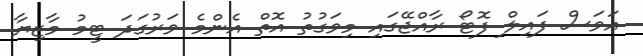
އަވަސް ފައިލް ފޮޓޯ ރާއްޖޭގައި މިވަގުތު އޮތް އެންމެ ވަރުގަދަ ޓީމު މާޒިޔާ